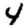
Digit: 4